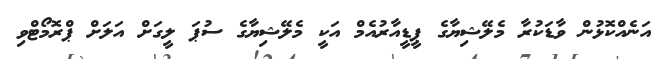
އަނެއްކޮޅުން ވާޑަކުރާ މެލޭޝިޔާގެ ޕީޑީއާރުއެމް އަކީ މެލޭޝިޔާގެ ސުޕަ ލީގަށް އަލަށް ޕްރޮމޯޓްވި